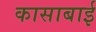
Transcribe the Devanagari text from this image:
कासाबाई